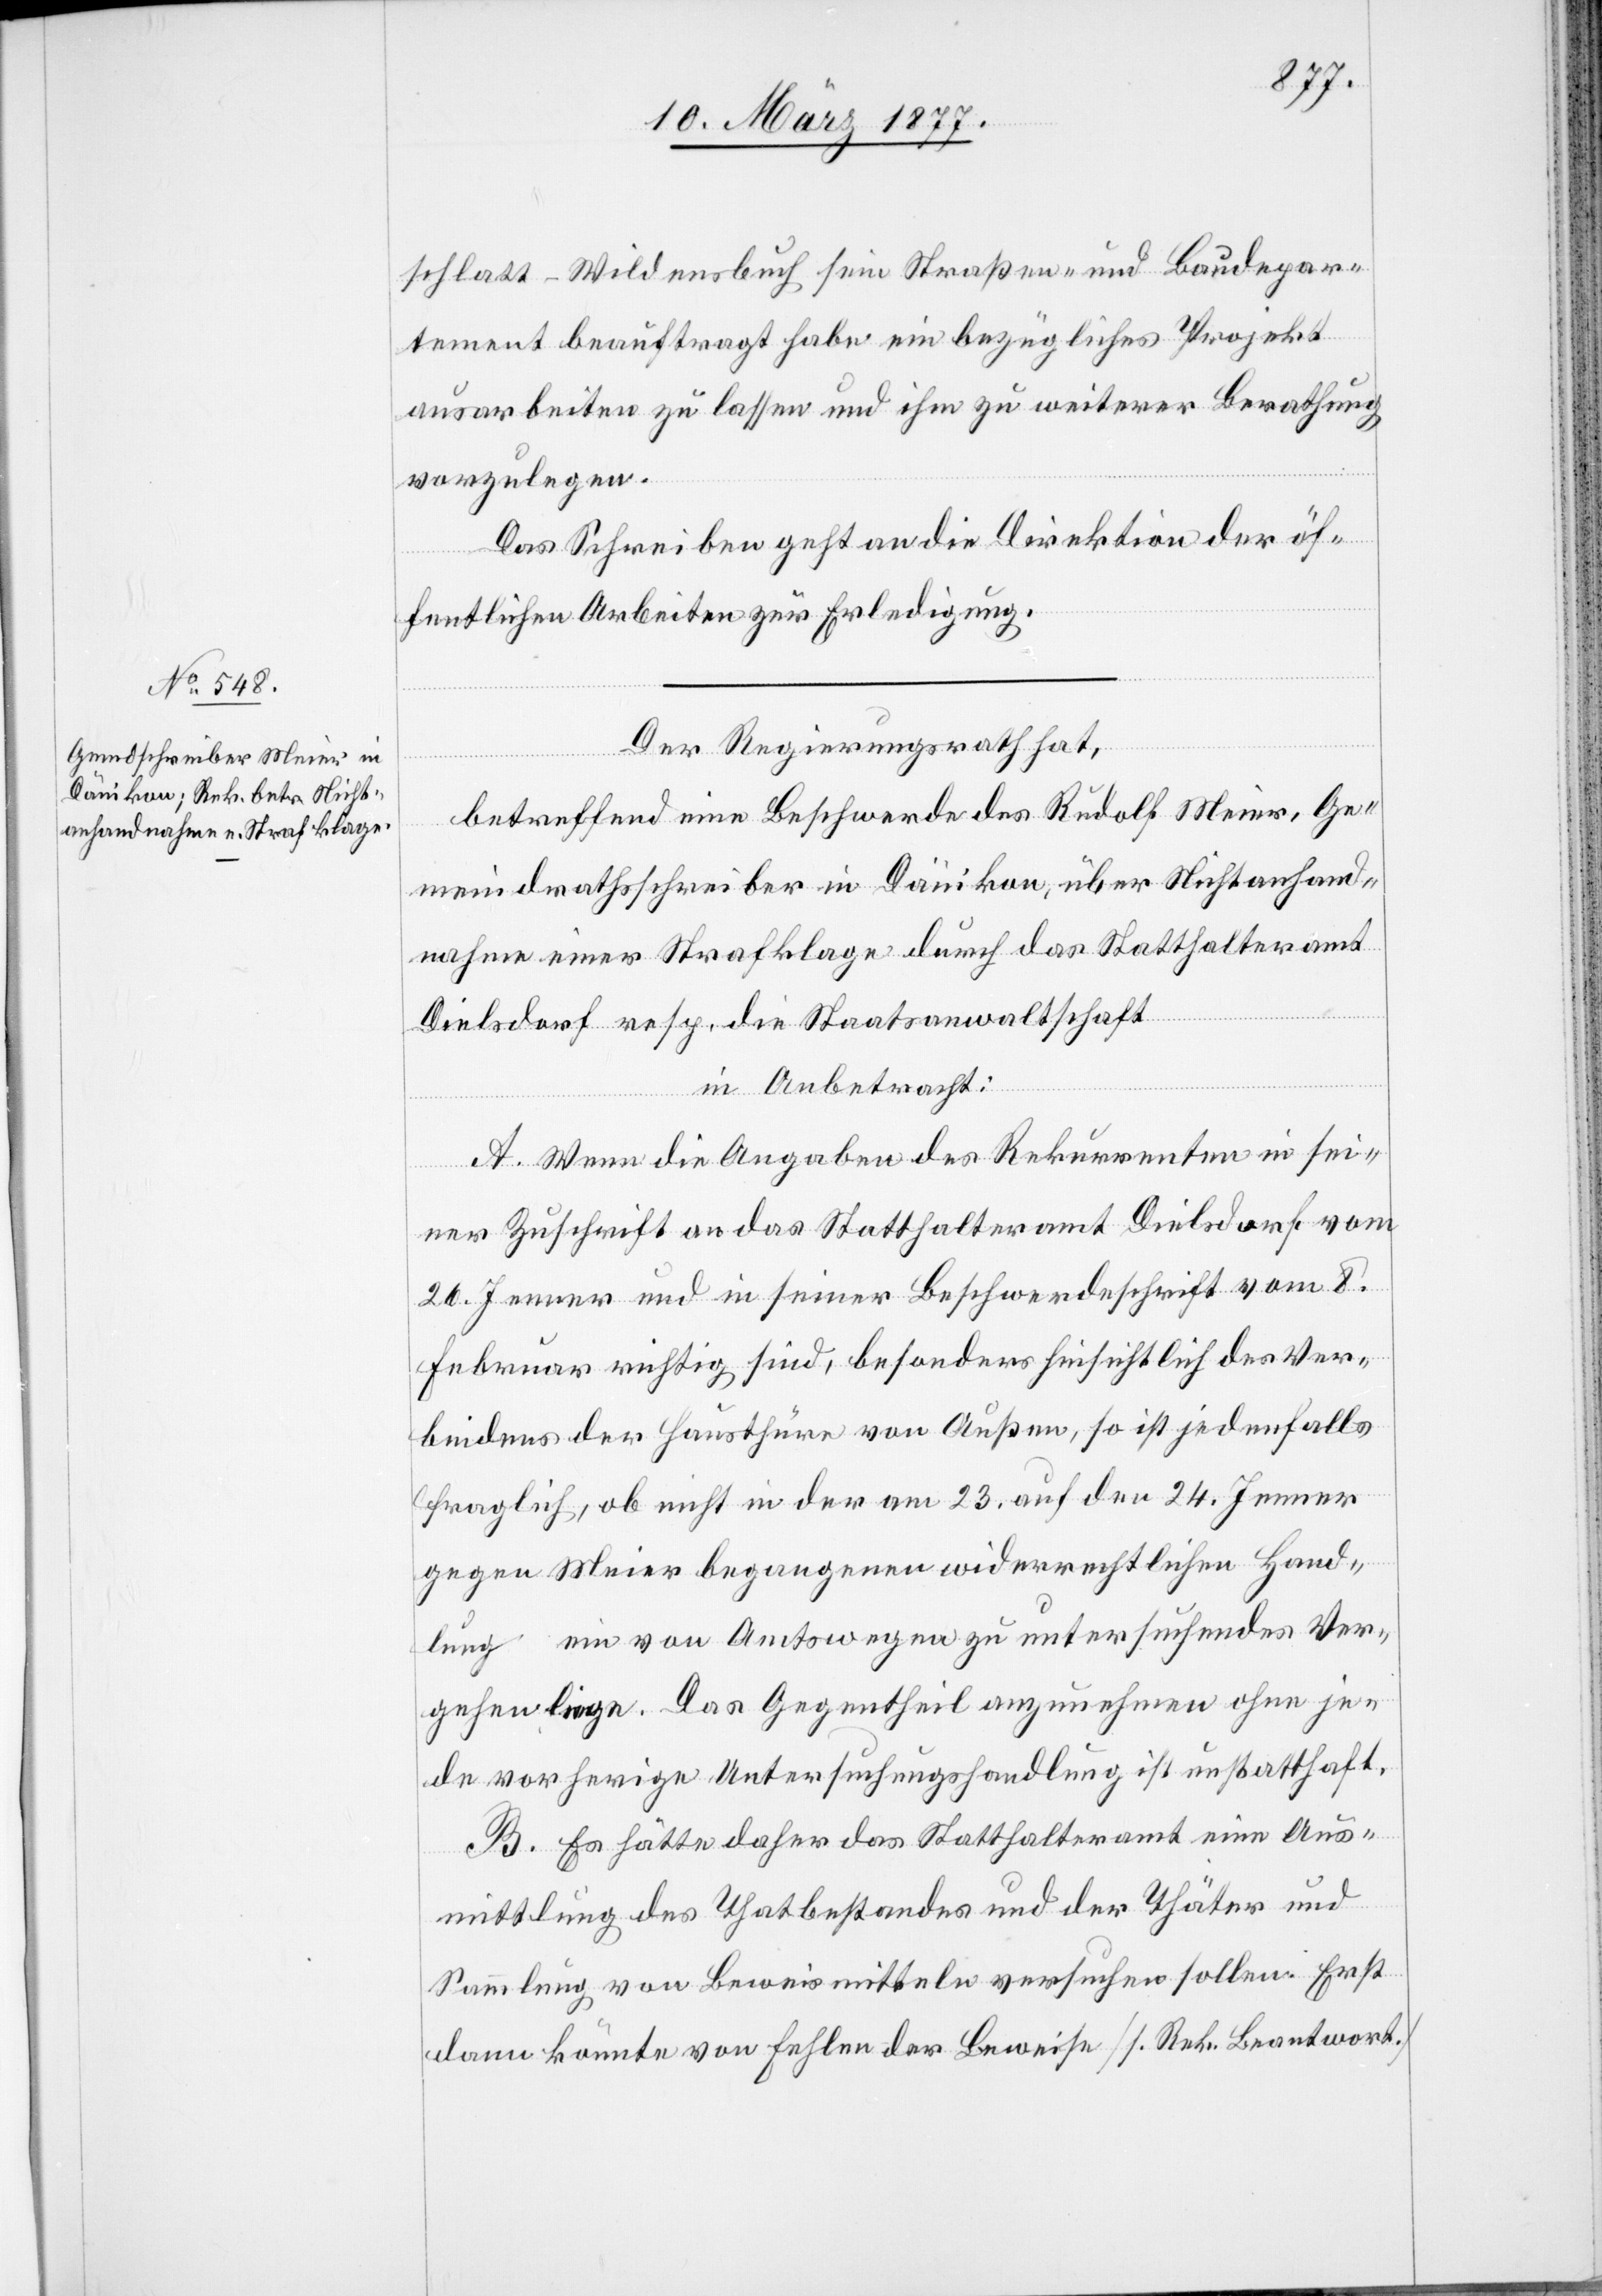
14. März 1877.]
schlatt–Wildensbuch sein Straßen- und Baudepar¬
tement beauftragt habe ein bezügliches Projekt
ausarbeiten zu lassen und ihm zu weiterer Berathung
vorzulegen.
Das Schreiben geht an die Direktion der öf¬
fentlichen Arbeiten zur Erledigung.
Der Regierungsrath hat,
betreffend eine Beschwerde des Rudolf Meier, Ge¬
meindrathsschreiber in Dänikon, über Nichtanhand¬
nahme einer Strafklage durch das Statthalteramt
Dielsdorf resp. die Staatsanwaltschaft
in Anbetracht:
A. Wenn die Angaben des Rekurrenten in sei¬
ner Zuschrift an das Statthalteramt Dielsdorf vom
26. Jenner und in seiner Beschwerdeschrift vom 8.
Februar richtig sind, besonders hinsichtlich des Ver¬
bindens der Hausthüre von Außen, so ist jedenfalls
fraglich, ob nicht in der am 23. auf den 24. Jenner
gegen Meier begangenen widerrechtlichen Hand¬
lung ein von Amtswegen zu untersuchendes Ver¬
gehen liege. Das Gegentheil anzunehmen ohne je¬
de vorherige Untersuchungshandlung ist unstatthaft.
B. Es hätte daher das Statthalteramt eine Aus¬
mittlung des Thatbestandes und der Thäter und
Sammlung von Beweismitteln versuchen sollen. Erst
dann könnte von Fehlen der Beweise [s. Rek. Beantwort.]